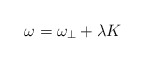
\begin{align*}\omega = \omega_\perp + \lambda K\end{align*}